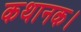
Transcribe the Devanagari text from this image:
कथानक।